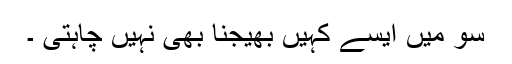
سو میں ایسے کہیں بھیجنا بھی نہیں چاہتی ۔